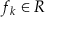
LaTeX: f _ { k } \in R